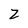
Character: Z